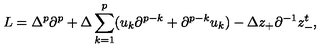
L = \Delta ^ { p } \partial ^ { p } + \Delta \sum _ { k = 1 } ^ { p } ( u _ { k } \partial ^ { p - k } + \partial ^ { p - k } u _ { k } ) - \Delta z _ { + } \partial ^ { - 1 } z _ { - } ^ { t } ,